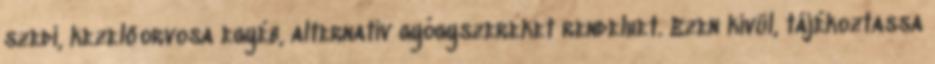
szedi, kezelőorvosa egyéb, alternatív gyógyszereket rendelhet. Ezen kívül, tájékoztassa